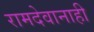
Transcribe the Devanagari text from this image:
रामदेवानाही